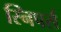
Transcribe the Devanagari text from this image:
स्निपर्स